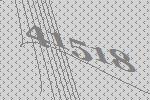
41518